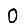
Digit: 0